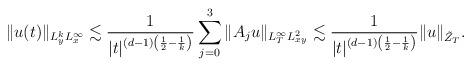
LaTeX: \begin{align*}\|u(t)\|_{L^k_yL^\infty_x} \lesssim\frac{1}{|t|^{(d-1)\left(\frac{1}{2}-\frac{1}{k}\right)}}\sum_{j=0}^3\|A_j u\|_{L^\infty_TL^2_{xy}}\lesssim \frac{1}{|t|^{(d-1)\left(\frac{1}{2}-\frac{1}{k}\right)}}\|u\|_{\tilde Z_T}.\end{align*}